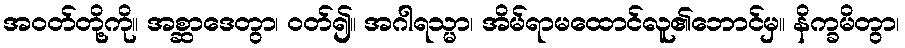
အဝတ်တို့ကို။ အစ္ဆာဒေတွာ၊ ဝတ်၍။ အဂါရသ္မာ၊ အိမ်ရာမထောင်လူ၏ဘောင်မှ။ နိက္ခမိတွာ၊